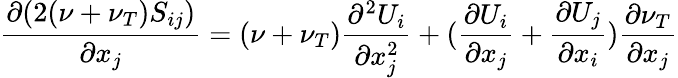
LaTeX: \frac{\partial(2(\nu+\nu_{T})S_{ij})}{\partial x_{j}}=(\nu+\nu_{T})\frac{\partial^{2}U_{i}}{\partial x_{j}^{2}}+(\frac{\partial U_{i}}{\partial x_{j}}+\frac{\partial U_{j}}{\partial x_{i}})\frac{\partial\nu_{T}}{\partial x_{j}}